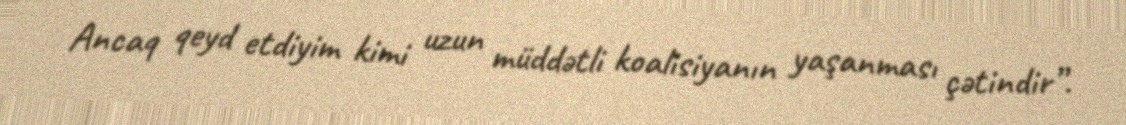
Ancaq qeyd etdiyim kimi uzun müddətli koalisiyanın yaşanması çətindir”.